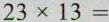
$$2 3 \times 1 3 =$$